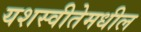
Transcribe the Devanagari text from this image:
यशस्वीतेमधील